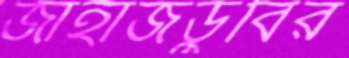
জাহাজডুবির